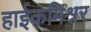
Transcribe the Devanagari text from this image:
हाईकमिश्नर